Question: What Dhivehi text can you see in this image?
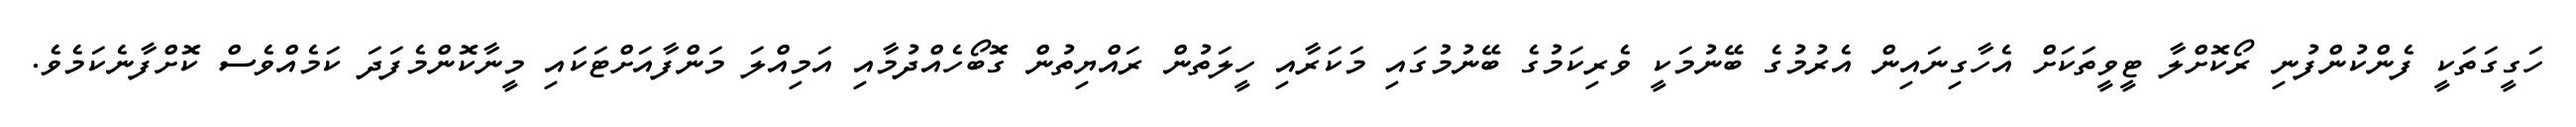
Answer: ހަގީގަތަކީ ފެންކުންފުނި ރޯކޮށްލާ ޓީވީތަކަށް އެހާގިނައިން އެރުމުގެ ބޭނުމަކީ ވެރިކަމުގެ ބޭނުމުގައި މަކަރާއި ހީލަތުން ރައްޔިތުން ގޮބޯހެއްދުމާއި އަމިއްލަ މަންފާއަށްޓަކައި މީނާކޮންމެފަދަ ކަމެއްވެސް ކޮށްފާނެކަމެވެ.